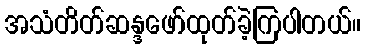
အသံတိတ်ဆန္ဒဖော်ထုတ်ခဲ့ကြပါတယ်။